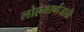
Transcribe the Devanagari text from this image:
लोहमार्गजाळे